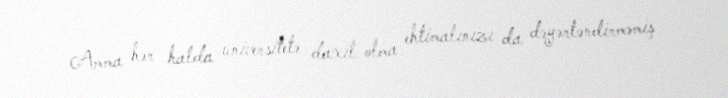
Amma hər halda universitetə daxil olma ehtimalınızı da dəyərləndirməmiş